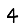
Digit: 4